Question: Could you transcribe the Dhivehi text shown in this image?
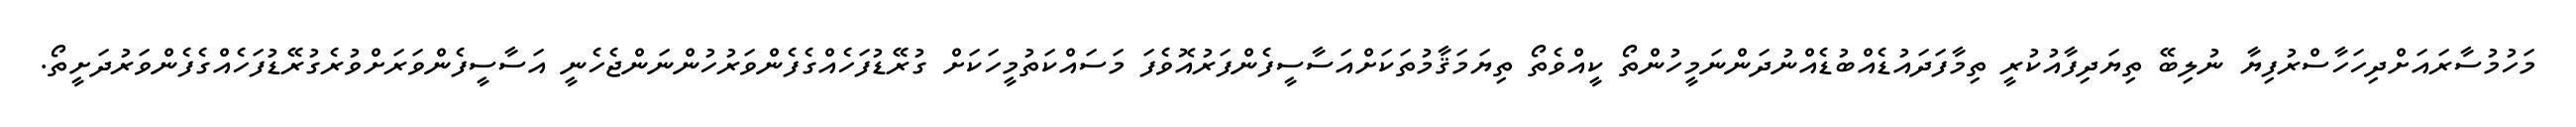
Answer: މަހުމުސާރައަށްދިހަހާސްރުފިޔާ ނުލިބޭ ތިޔަދިފާއުކުރީ ތިމާފަދައުޑެއްބުޑެއްނުދަންނަމީހުންތޯ ކީއްވެތޯ ތިޔަމަޤާމުތަކަށްއަސާސީފެންފަރުއޮވެފަ މަސައްކަތުމީހަކަށް ގުރޭޑުފަހެއްގެފެންވަރުހުންނަންޖެހެނީ އަސާސީފެންވަރަށްވުރެގުރޭޑުފަހެއްގެފެންވަރުދަށީތޯ.